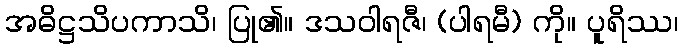
အဓိဋ္ဌသိပကာသိ၊ ပြု၏။ ဒသဝါရဇီ၊ (ပါရမီ) ကို။ ပူရိဿ၊